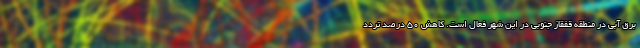
برق آبی در منطقه قفقاز جنوبی در این شهر فعال است. کاهش 50 درصد تردد